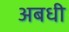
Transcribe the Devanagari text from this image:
अबधी